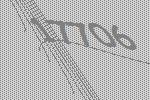
17706